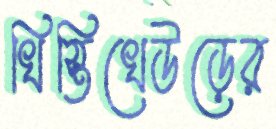
খিস্তিখেউড়ের